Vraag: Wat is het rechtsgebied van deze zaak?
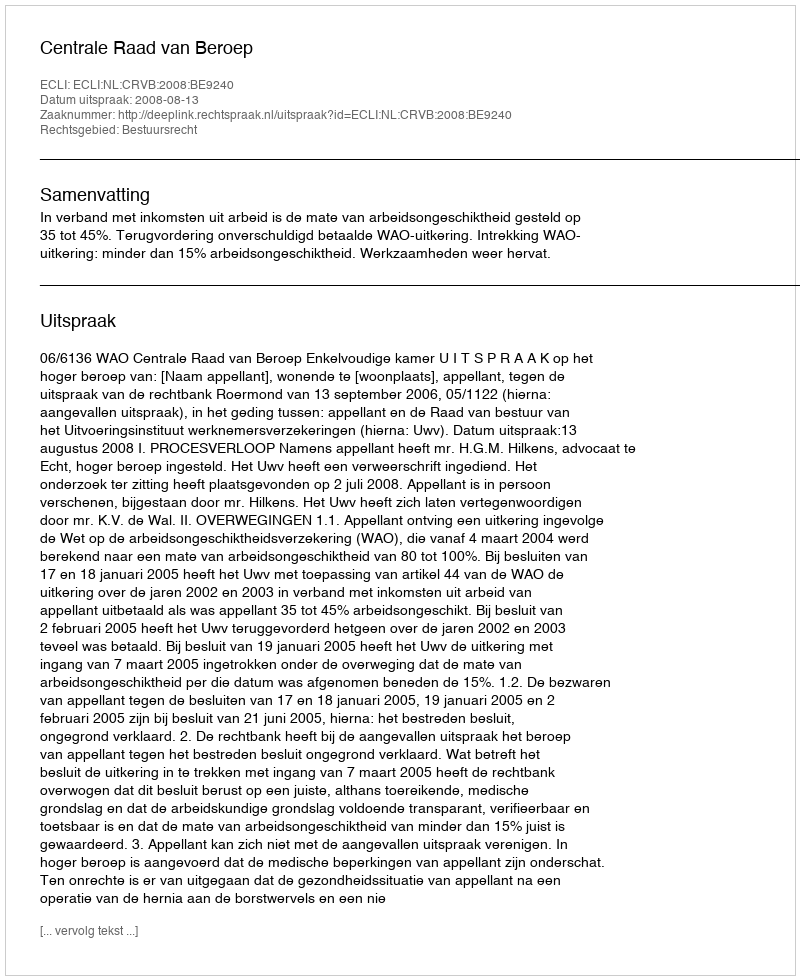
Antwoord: Bestuursrecht